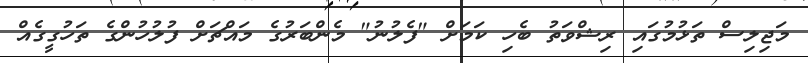
މަޖިލިސް ތަޅުމުގައި ރިޝްވަތު ބެހި ކަމަށް "ފެލުނު" މެންބަރުގެ މައްޗަށް ފުލުހުންގެ ތަހުގީގެއް